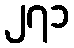
၂၇၁